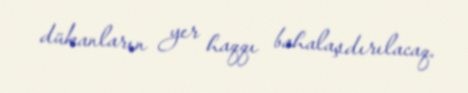
dükanların yer haqqı bahalaşdırılacaq.